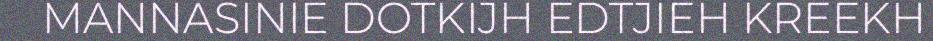
MANNASINIE DOTKIJH EDTJIEH KREEKH